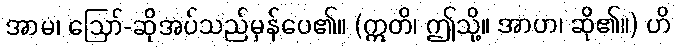
အာမ၊ ဩော်-ဆိုအပ်သည်မှန်ပေ၏။ (ဣတိ၊ ဤသို့။ အာဟ၊ ဆို၏။) ဟိ